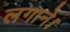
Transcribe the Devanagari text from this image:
लगाने।